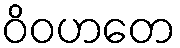
ဝိဝဟတေ